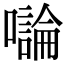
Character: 𡃝